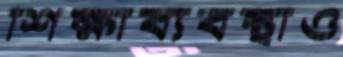
শিক্ষাব্যবস্থাও